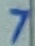
Text: 7